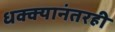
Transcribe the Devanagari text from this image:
धक्क्यानंतरही